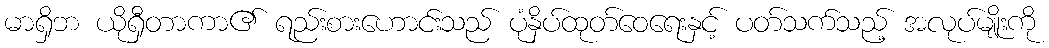
မာရှိဘ ယိုရှီတာကာ၏ ရည်းစားဟောင်းသည် ပုံနှိပ်ထုတ်ဝေရေးနှင့် ပတ်သက်သည့် အလုပ်မျိုးကို